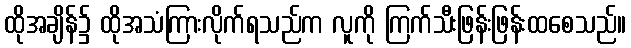
ထိုအချိန်၌ ထိုအသံကြားလိုက်ရသည်က လူကို ကြက်သီးဖြန်းဖြန်းထစေသည်။